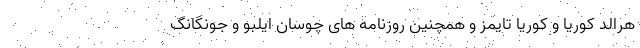
هرالد کوریا و کوریا تایمز و همچنین روزنامه های چوسان ایلبو و جونگانگ